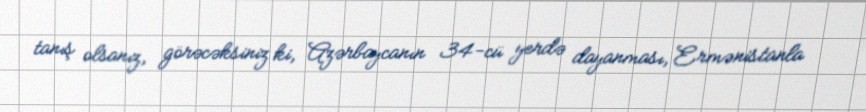
tanış olsanız, görəcəksiniz ki, Azərbaycanın 34-cü yerdə dayanması, Ermənistanla